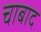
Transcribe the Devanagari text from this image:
चाबाद